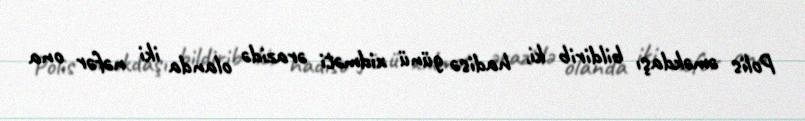
Polis əməkdaşı bildirib ki, hadisə günü xidməti ərazidə olanda iki nəfər ona